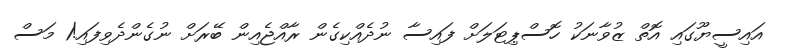
އައިސީޔޫގައި އޮތް ޒުވާނަކު ހޮސްޕިޓަލަށް ފައިސާ ނުދެއްކިގެން ރާއްޖެއިން ބޭރަށް ނުގެންދެވިފައި!1 މަސް